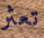
تعثر